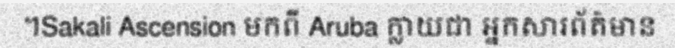
។Sakali Ascension មកពី Aruba ក្លាយជា អ្នកសារព័ត៌មាន